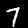
Label: 7